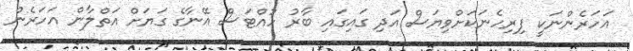
އަހަރެންނަކީ ފިރިހެނަކަށްވިޔަސް އަދި ގައިގައި ބާރު ހުއްޓަސް އޭނާގެ ގަޔަށް އަތްލާން އަހަރެން